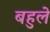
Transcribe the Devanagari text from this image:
बहुले